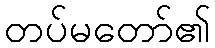
တပ်မတော်၏